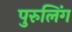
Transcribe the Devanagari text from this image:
पुरुलिंग